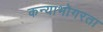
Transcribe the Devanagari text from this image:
कन्याभोगरता